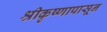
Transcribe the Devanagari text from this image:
श्रीकृष्णापासून